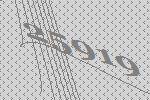
25919